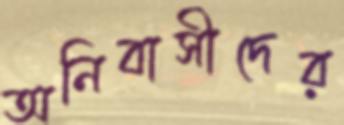
অনিবাসীদের